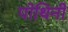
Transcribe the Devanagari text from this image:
पोथिनी